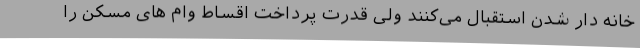
خانه دار شدن استقبال می‌کنند ولی قدرت پرداخت اقساط وام های مسکن را